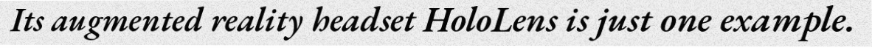
Its augmented reality headset HoloLens is just one example.